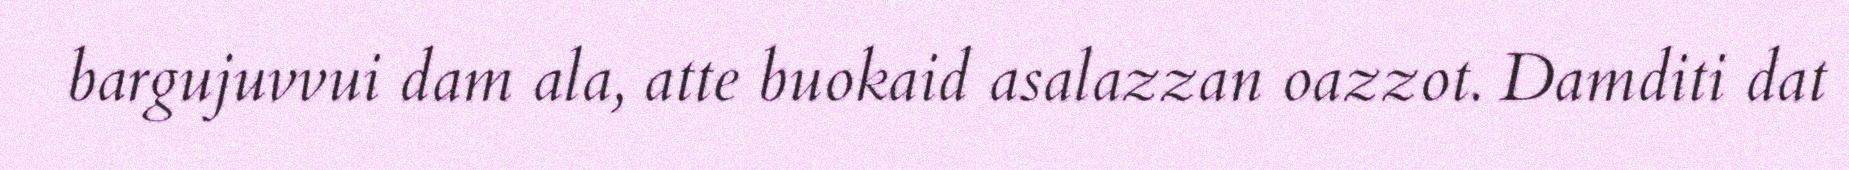
bargujuvvui dam ala, atte buokaid asalazzan oazzot. Damditi dat